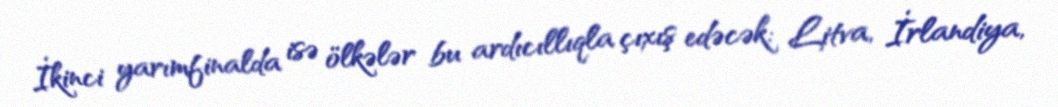
İkinci yarımfinalda isə ölkələr bu ardıcıllıqla çıxış edəcək: Litva, İrlandiya,